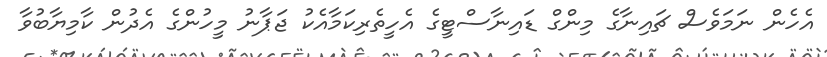
އެހެން ނަމަވެސް ޗައިނާގެ މިންގް ޑައިނާސްޓީގެ އެހީތެރިކަމާއެކު ޖަޕާނު މީހުންގެ އެދުން ކާމިޔާބުވާ